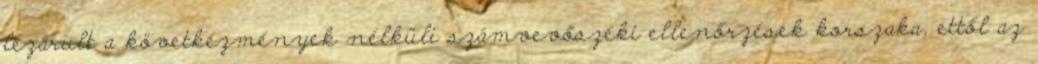
lezárult a következmények nélküli számvevőszéki ellenőrzések korszaka, ettől az